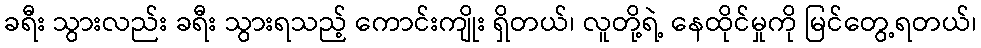
ခရီး သွားလည်း ခရီး သွားရသည့် ကောင်းကျိုး ရှိတယ်၊ လူတို့ရဲ့ နေထိုင်မှုကို မြင်တွေ့ရတယ်၊